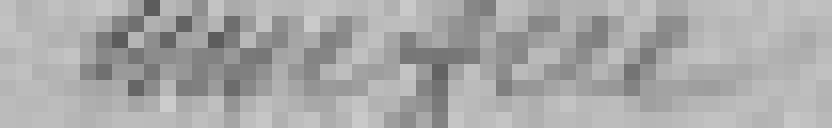
unifiée.